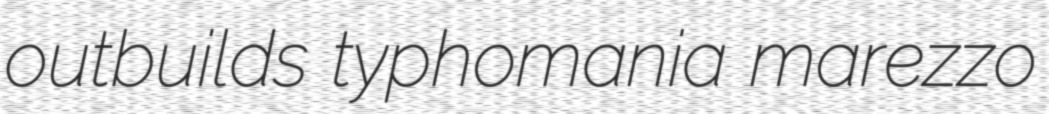
outbuilds typhomania marezzo